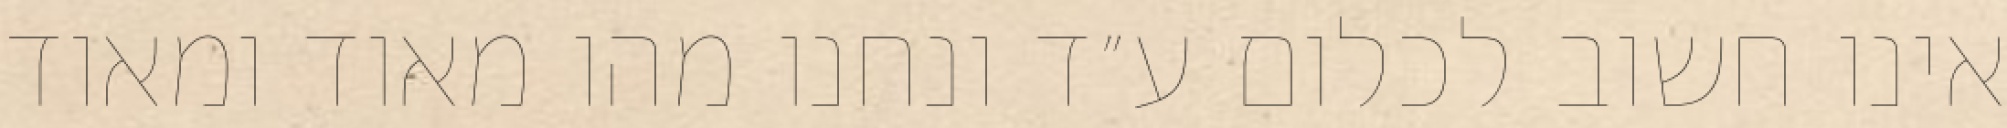
אינו חשוב לכלום ע״ד ונחנו מהו מאוד ומאוד